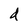
Character: d